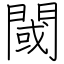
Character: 閾